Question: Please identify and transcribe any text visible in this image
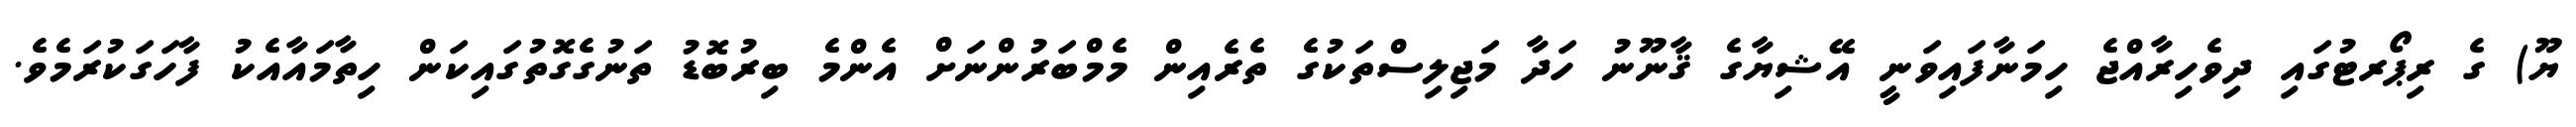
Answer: ޔޫ) ގެ ރިޕޯރޓުގައި ދިވެހިރާއްޖެ ހިމަނާފައިވަނީ އޭޝިޔާގެ ޤާނޫނު ހަދާ މަޖިލިސްތަކުގެ ތެރެއިން މެމްބަރުންނަށް އެންމެ ބިރުބޮޑު ތަނުގެގޮތުގައިކަން ހިތާމައާއެކު ފާހަގަކުރަމެވެ.